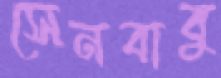
সেনবাবু